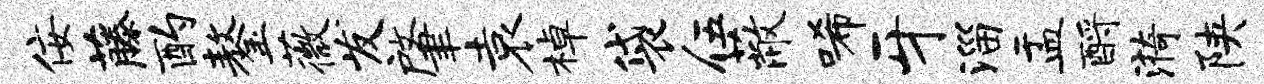
佞藤酌鏊薇发肇袁棹袋伍蔽唏牙淄盂酹漪陕